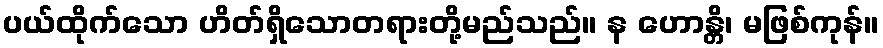
ပယ်ထိုက်သော ဟိတ်ရှိသောတရားတို့မည်သည်။ န ဟောန္တိ၊ မဖြစ်ကုန်။